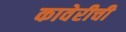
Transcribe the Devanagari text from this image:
कावेरीची